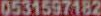
0531597182